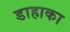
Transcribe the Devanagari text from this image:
डाहाका